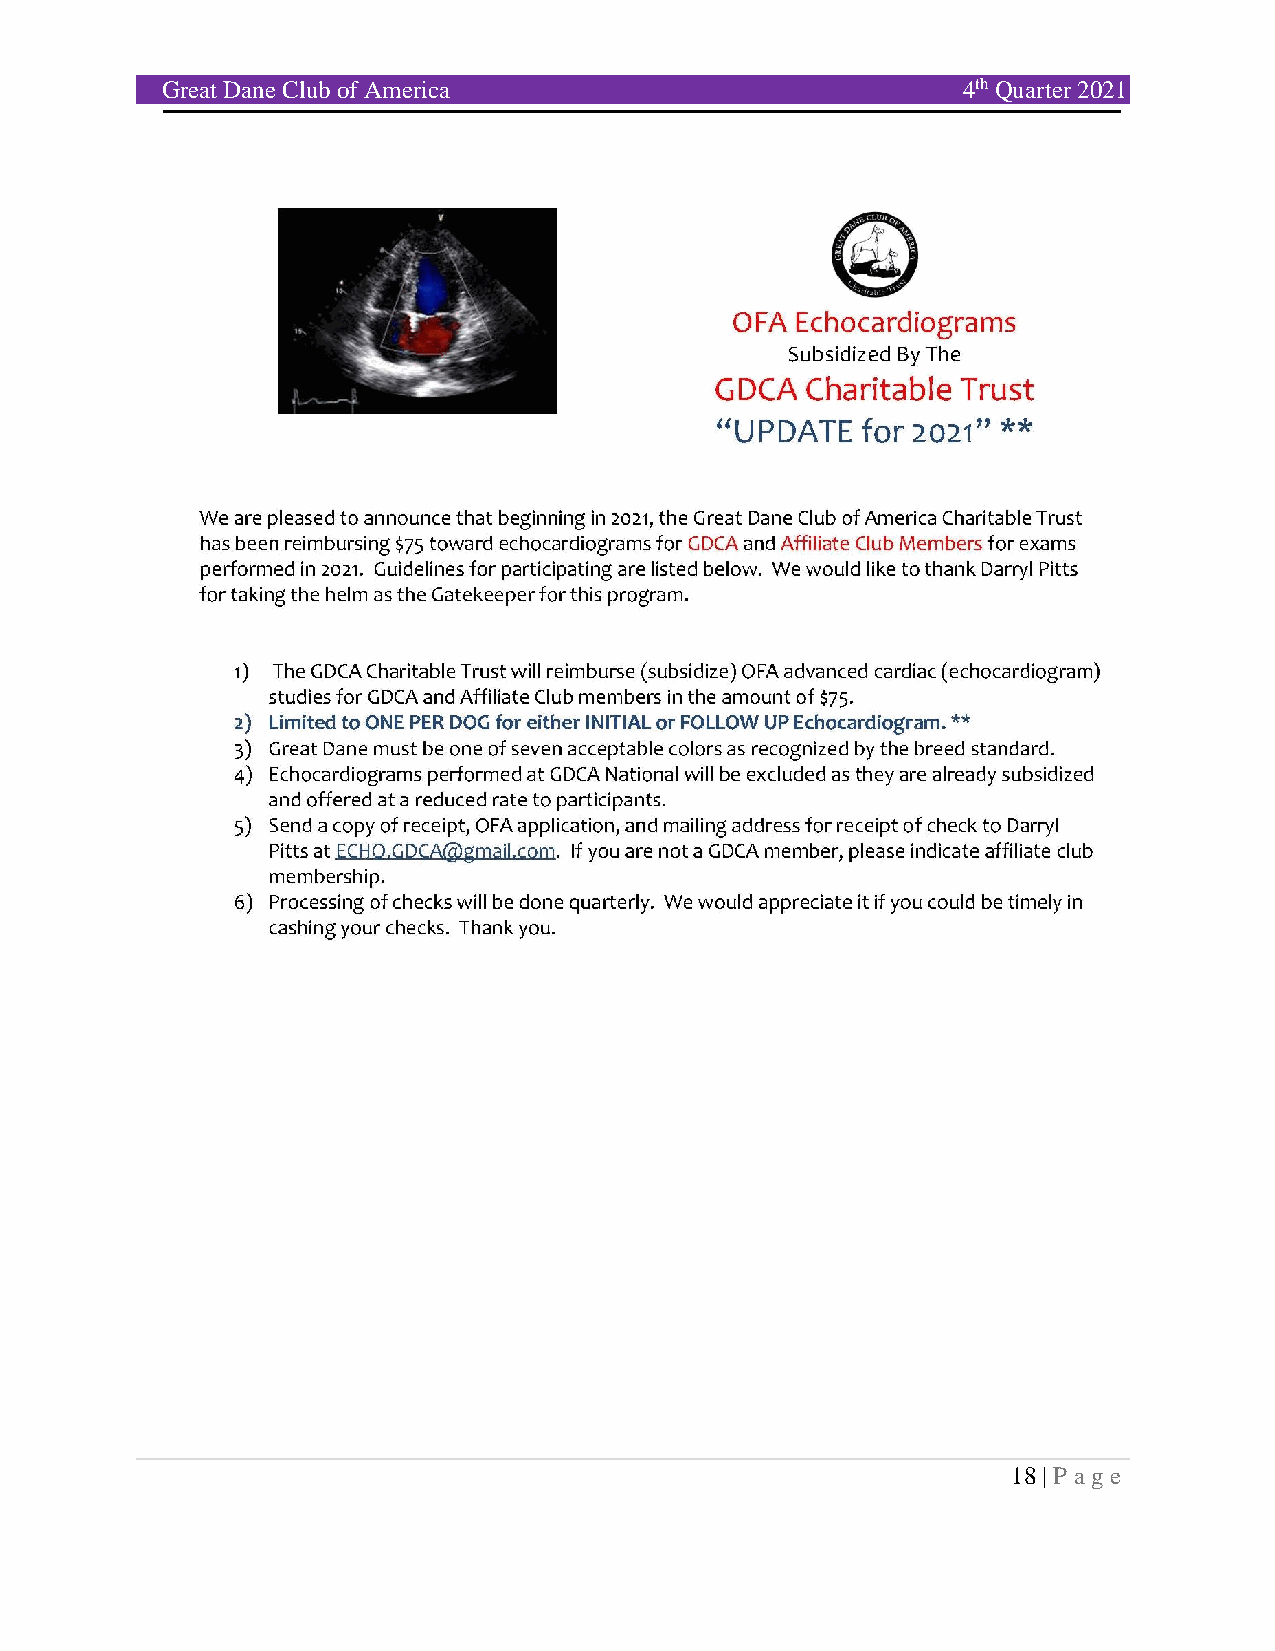
Great Dane Club of America                           4th Quarter 2021
 18 | P age